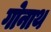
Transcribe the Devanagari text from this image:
गोनाथ